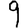
Digit: 9